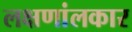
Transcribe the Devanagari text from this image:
लक्षणांलकार